Vaccination North-Western Provinces and Oudh 1878-1895 - 1878-1895
Year: 1878
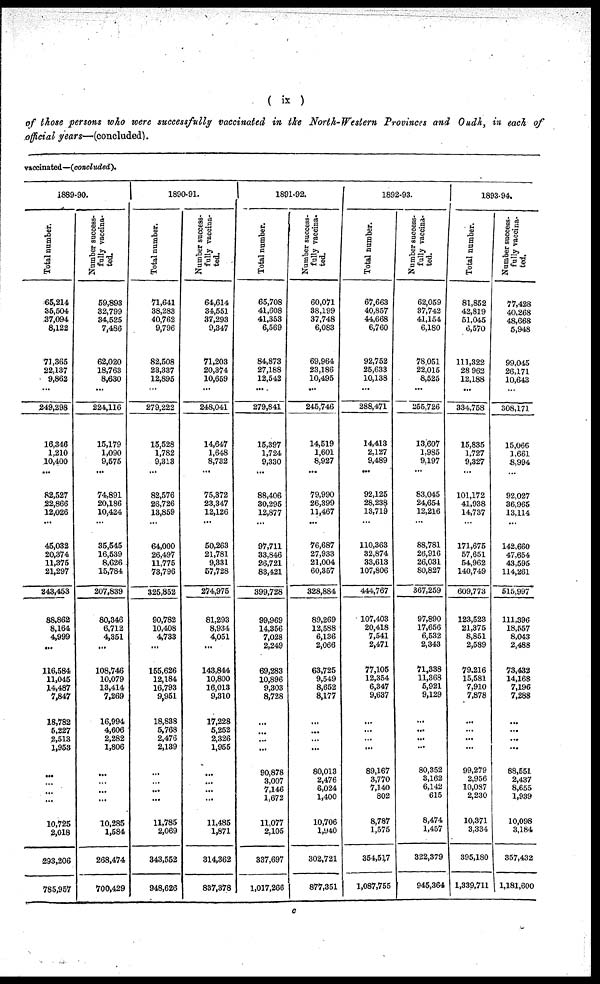
( ix )
of those persons who were successfully vaccinated in the North-Western Provinces and Oudh, in each of
official years—(concluded).
vaccinated—(concluded).
1889-90.
Total number.
65,214
35,504
37,094
8,122
71,365
22,137
9,862
...
249,298
16,346
1,210
10,400
...
82,527
22,866
12,026
...
45,032
20,374
11,375
21,297 .
243,453
88,862
8,164
4,999
...
116,584
11,045
14,487
7,847
18,782
5,227
2,513
1,953
...
... ...
...
10,725
2,018
293,206
785,957
Number success-
fully vaccina¬
ted.
59,893
32,799
34,525
7,486
62,020
18,763
8,630
...
224,116
15,179
1,090
9,575
...
74,891
20,186
10,424
...
35,545
16,539
8,626
15,784
207,839
80,346
6,712
4,351
...
108,746
10,079
13,414
7,269
16,994
4,606
2,282
1,806
...
...
...
...
10,285
1,584
268,474
700,429
1890-91.
Total number.
71,641
38,283
40,762
9,796
82,508
23,337
12,895
...
279,222
15,528
1,782
9,313
...
82,576
26,726
13,859
...
64,000
26,497
11,775
73,796
325,852
90,782
10,408
4,733
...
155,626
12,184
16,793
9,951
18,838
5,768
2,476
2,139
...
...
...
...
11,785
2,069
343,552
948,626
Number success-
fully vaccina-
ted.
64,614
34,551
37,293
9,347
71,203
20,374
10,659
...
248,041
14,647
1,648
8,732
...
75,372
23,347
12,126
...
50,263
21,781
9,331
57,728
274,975
81,293
8,934
4,051
...
143,844
10,800
16,013
9,310
17,228
5,252
2,326
1,955
...
...
...
...
11,485
1,871
314,362
837,378
1891-92.
Total number.
65,708
41,608
41,353
6,569
84,873
27,188
12,542
...
279,841
15,397
1,724
9,330
...
88,406
30,295
12,877
...
97,711
33,846
26,721
83,421
399,728
99,969
14,356
7,028
2,249
69,283
10,896
9,303
8,728
...
...
...
...
90,878
3,007
7,146
1,672
11,077
2,105
337,697
1,017,266
Number success-
fully vaccina¬
ted.
60,071
38,199
37,748
6,083
69,964
23,186
10,495
...
245,746
14,519
1,601
8,927
...
79,990
26,399
11,467
...
76,687
27,933
21,004
60,357
328,884
89,269
12,588
6,136
2,066
63,725
9,549
8,652
8,177
...
...
...
...
80,013
2,476
6,024
1,400
10,706
1,940
302,721
877,351
1892-93.
Total number.
67,663
40,857
44,668
6,760
92,752
25,633
10,138
...
288,471
14,413
2,127
9,489
...
92,125
28,238
13,719
...
110,363
32,874
33,613
107,806
444,767
107,403
20,418
7,541
2,471
77,105
12,354
6,347
9,637
...
...
...
...
89,167
3,770
7,140
802
8,787
1,575
354,517
1,087,755
Number success-
fully vaccina-
ted.
62,059
37,742
41,154
6,180
78,051
22,015
8,525
...
255,726
13,607
1,985
9,197
...
83,045
24,654
12,216
...
88,781
26,916
26,031
80,827
367,259
97,890
17,656
6,532
2,343
71,338
11,368
5,921
9,129
...
...
...
...
80,352
3,162
6,142
615
8,474
1,457
322,379
945,364
1893-94.
Total number.
81,852
42,819
51,045
6,570
111,322
28,962
12,188
...
334,758
15,835
1,727
9,327
...
101,172
41,938
14,737
...
171,675
57,651
54,962
140,749
609,773
123,523
21,375
8,851
2,589
79,216
15,581
7,910
7,878
...
...
...
...
99,279
2,956
10,087
2,230
10,371
3,334
395,180
1,339,711
Number success-
fully vaccina-
ted.
77,428
40,268
48,668
5,948
99,045
26,171
10,643
...
308,171
15,066
1,661
8,994
...
92,027
36,965
13,114
...
142,660
47,654
43,595
114,261
515,997
111,396
18,557
8,043
2,488
73,432
14,168
7,196
7,288
...
...
...
...
88,551
2,437
8,655
1,939
10,098
3,184
357,432
1,181,600
c